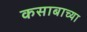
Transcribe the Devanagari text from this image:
कसाबाच्या